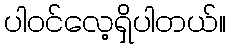
ပါဝင်လေ့ရှိပါတယ်။